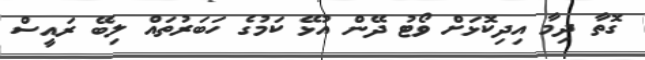
ގޮތާ ދިމާ އިދިކޮޅަށް ވޯޓު ދޭން އުޅޭ ކަމުގެ ހަބަރުތައް ލިބޭ ރައީސް